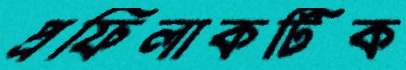
প্রফিলাকটিক